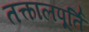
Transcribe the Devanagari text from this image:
तत्कालपूर्ति